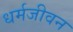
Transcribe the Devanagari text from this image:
धर्मजीवन